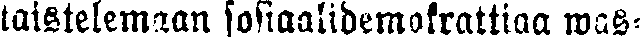
taistelemaan sosiaalidemokrattiaa was-